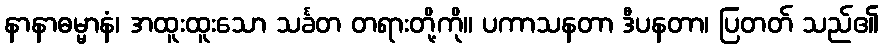
နာနာဓမ္မာနံ၊ အထူးထူးသော သင်္ခတ တရားတို့ကို။ ပကာသနတာ ဒီပနတာ၊ ပြတတ် သည်၏